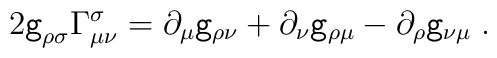
2{\tt g}_{\rho \sigma }\Gamma _{\mu \nu }^\sigma =\partial _\mu {\tt g}_{\rho \nu }+\partial _\nu {\tt g}_{\rho \mu }-\partial _\rho {\tt g}_{\nu\mu }\;.